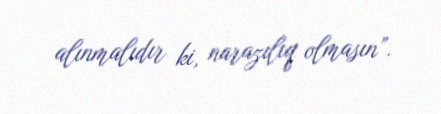
alınmalıdır ki, narazılıq olmasın”.